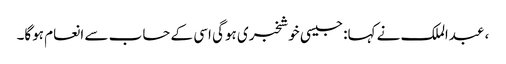
، عبدالملک نے کہا: جیسی خوشخبری ہوگی اسی کے حساب سے انعام ہوگا۔